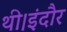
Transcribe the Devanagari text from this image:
थी।इंदौर